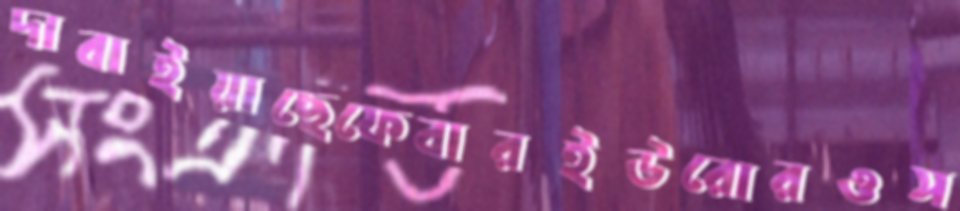
দাবাইয়াছেফেবারইউরোরওস